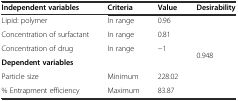
<table><thead><tr><td><b>Independent variables</b></td><td><b>Criteria</b></td><td><b>Value</b></td><td><b>Desirability</b></td></tr></thead><tbody><tr><td>Lipid: polymer</td><td>In range</td><td>0.96</td><td rowspan="6">0.948</td></tr><tr><td>Concentration of surfactant</td><td>In range</td><td>0.81</td></tr><tr><td>Concentration of drug</td><td>In range</td><td>−1</td></tr><tr><td><b>Dependent variables</b></td><td></td><td></td></tr><tr><td>Particle size</td><td>Minimum</td><td>228.02</td></tr><tr><td>% Entrapment efficiency</td><td>Maximum</td><td>83.87</td></tr></tbody></table>